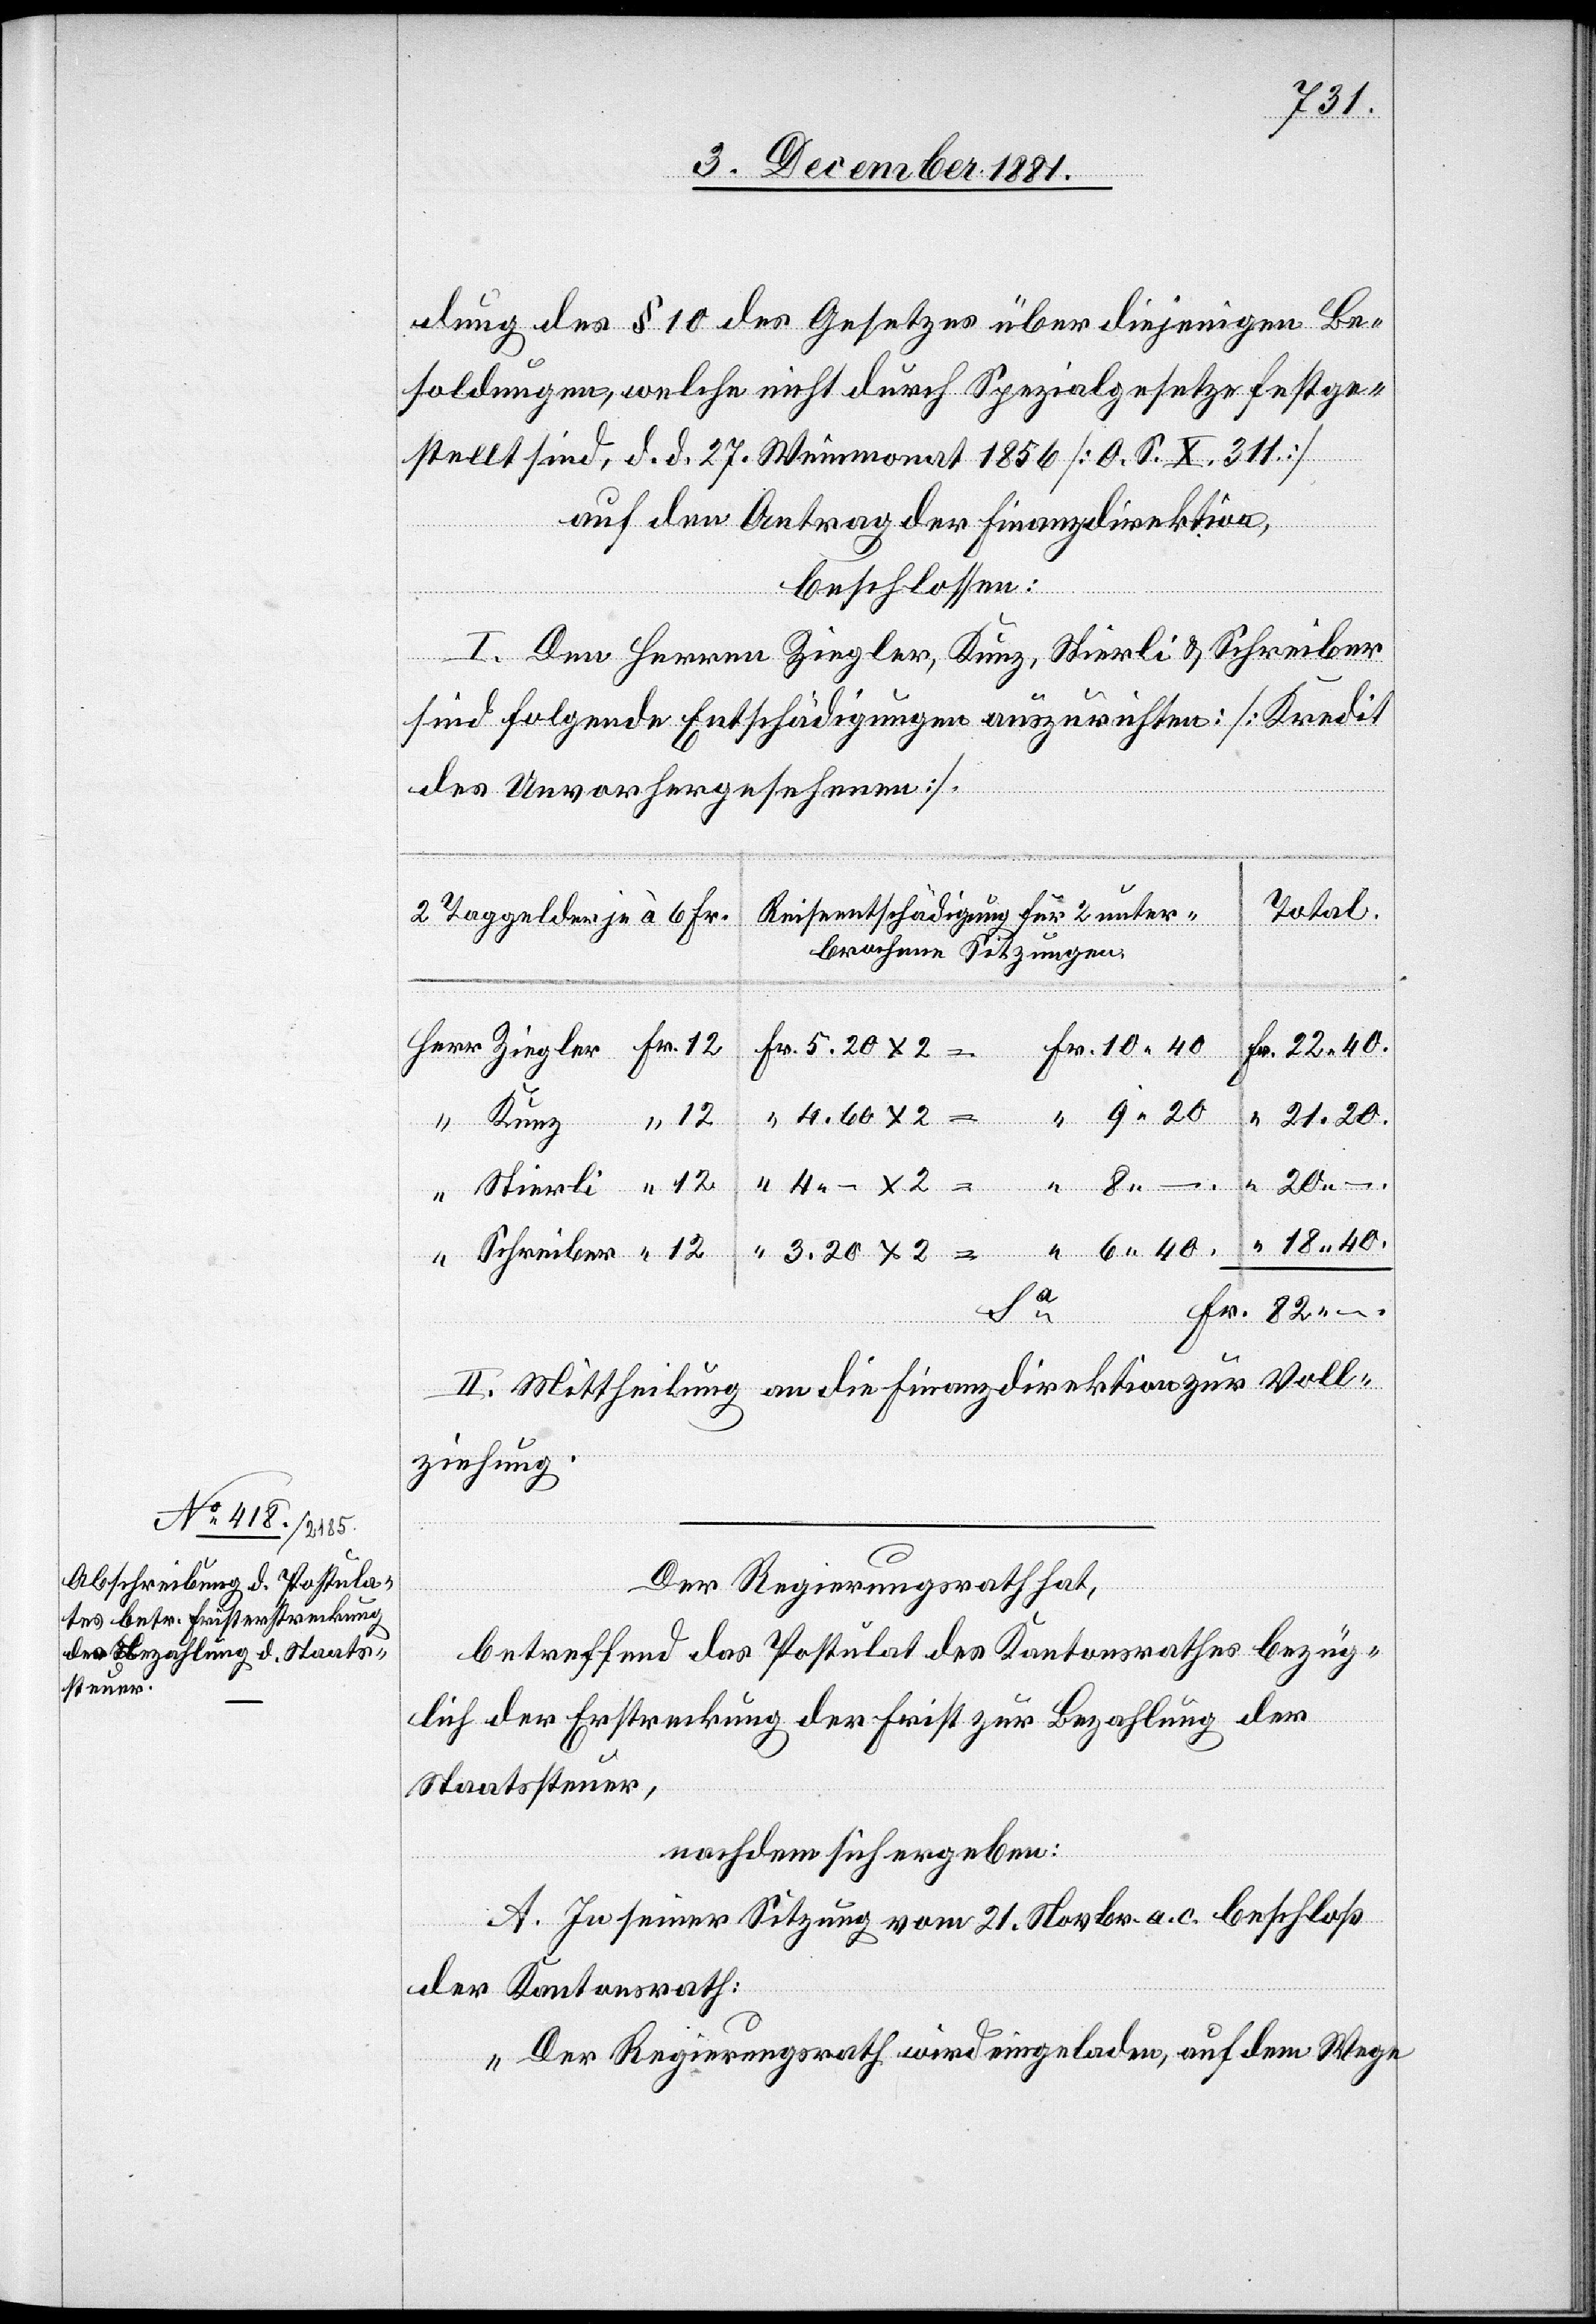
18.40.
dung des § 10 des Gesetzes über diejenigen Be¬
soldungen, welche nicht durch Spezialgesetze festge¬
stellt sind, d. d. 27. Weinmonat 1856 [O. S. X. 311]
auf den Antrag der Finanzdirektion,
beschlossen:
I. Den Herren Ziegler, Kunz, Stierli & Schreiber
sind folgende Entschädigungen auszurichten: [Kredit
des Unvorhergesehenen].
Total.
Reiseentschädigung für 2 unter¬
2 Taggelder je à 6 Fr.
brochene Sitzungen:
Sa
Fr. 82 –.
Stierli
3.20
Schreiber
II. Mittheilung an die Finanzdirektion zur Voll¬
ziehung.
Der Regierungsrath hat,
betreffend das Postulat des Kantonsrathes bezüg¬
lich der Erstreckung der Frist zur Bezahlung der
Staatssteuer,
nachdem sich ergeben:
A. In seiner Sitzung vom 21. Novbr. a. c. beschloß
der Kantonsrath:
„Der Regierungsrath wird eingeladen, auf dem Wege